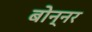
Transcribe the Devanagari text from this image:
बोन्नर